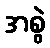
အစွဲ